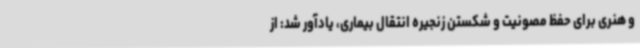
و هنری برای حفظ مصونیت و شکستن زنجیره انتقال بیماری، یادآور شد: از